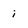
Character: i